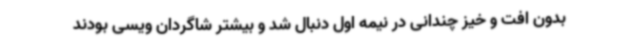
بدون افت و خیز چندانی در نیمه اول دنبال شد و بیشتر شاگردان ویسی بودند